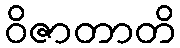
ဝိဇာတာတိ